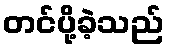
တင်ပို့ခဲ့သည်